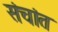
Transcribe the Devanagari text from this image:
संचांत